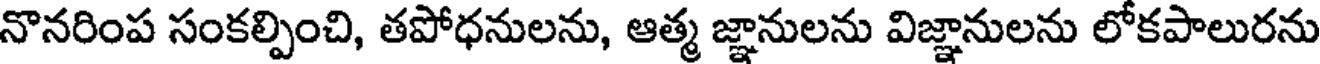
నొనరింప సంకల్పించి, తపోధనులను, ఆత్మ జ్ఞానులను విజ్ఞానులను లోకపాలురను